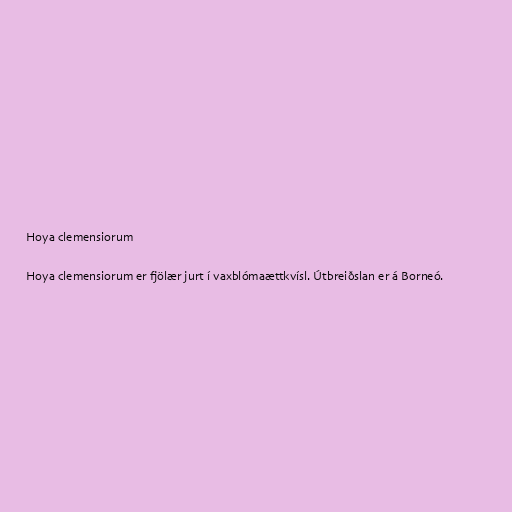
Hoya clemensiorum

Hoya clemensiorum er fjölær jurt í vaxblómaættkvísl. Útbreiðslan er á Borneó.